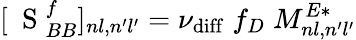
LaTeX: [\mathrm{~\mathbf~S~}_{BB}^{f}]_{nl,n^{\prime}l^{\prime}}=\nu_{\mathrm{diff}}\; f_{D}\; M_{nl,n^{\prime}l^{\prime}}^{E*}